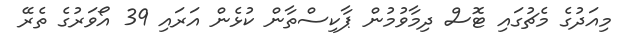
މިއަދުގެ މެޗުގައި ޓޮސް ދިމާވުމުން ޕާކިސްތާން ކުޅެން އަރައި 39 އޯވަރުގެ ތެރޭ